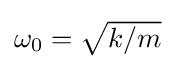
{\textstyle \omega _{0}={\sqrt {k/m}}}